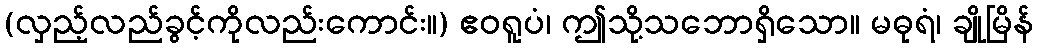
(လှည့်လည်ခွင့်ကိုလည်းကောင်း။) ဧဝရူပံ၊ ဤသို့သဘောရှိသော။ မဓုရံ၊ ချိုမြိန်